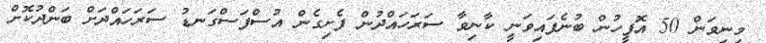
މިނިވަން 50 އޮފީހުން ބުނެފައިވަނީ ކާނިވާ ސަރަހައްދުން ފެށިގެން އުސްފަސްގަނޑު ސަރަހައްދަށް ބަންދުކޮށް